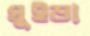
ঘুইড়া